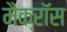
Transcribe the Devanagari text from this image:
मैक्रॉस